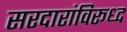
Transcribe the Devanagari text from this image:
सरदारांविरूध्द